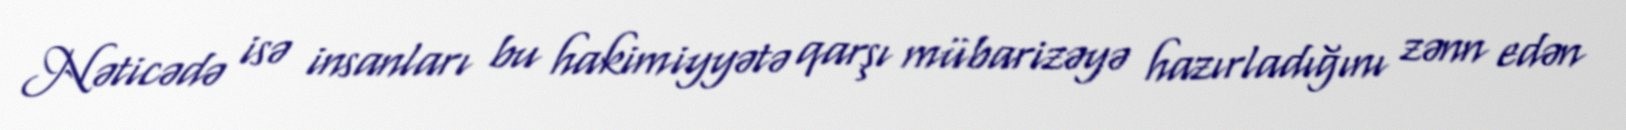
Nəticədə isə insanları bu hakimiyyətə qarşı mübarizəyə hazırladığını zənn edən